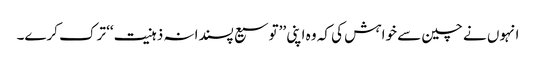
انہوں نے چین سے خواہش کی کہ وہ اپنی ’’توسیع پسندانہ ذہنیت‘‘ ترک کرے۔